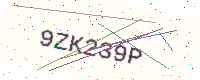
Text: 9ZK239P